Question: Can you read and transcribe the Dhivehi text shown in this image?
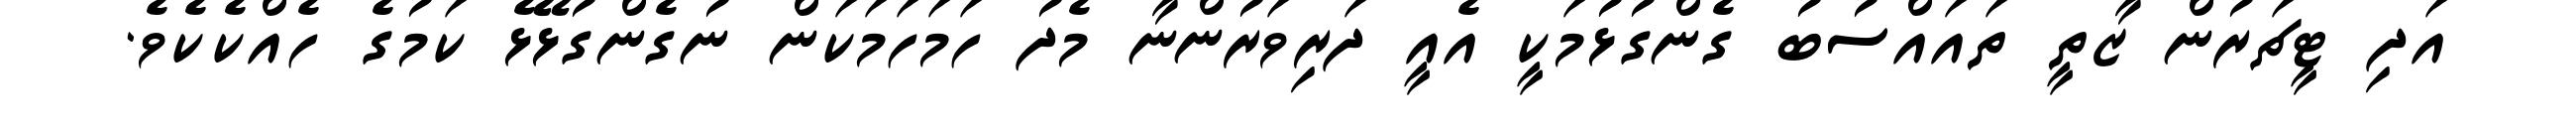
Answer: އަދި ޓީޗަރުން ޒާތީ ތައައްސުބު ގެންގުޅުމަކީ އެއީ ދަރިވަރުންނާ މެދު ހަމަހަމަކަން ނުގެންގުޅޭޅެ ކަމުގެ ހެއްކެކެވެ.